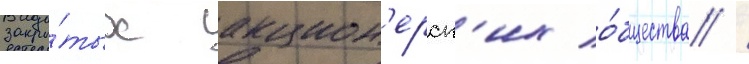
закры́тых акцион'ерск'их о́бщества /